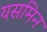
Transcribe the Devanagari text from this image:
यसमिन